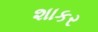
શાકર